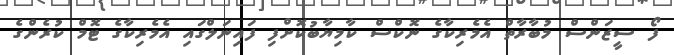
ފޯ ސީޒަންސް މުބާރާތް އެމެރިކާގެ ނޮކްސް ކާމިޔާބުކޮށްފި ފައިނަލްގައި އެމެރިކާގެ ޓޮމް ކުރެންގެ